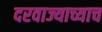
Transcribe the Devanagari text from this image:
दरवाज्याच्याच